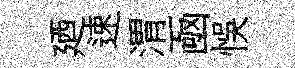
廼速渭凾悞